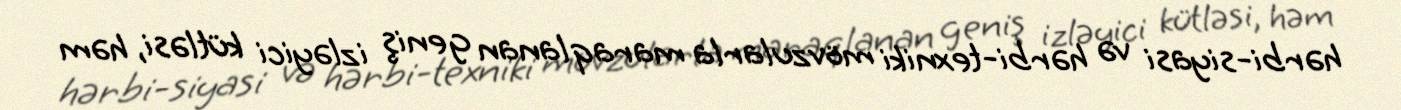
hərbi-siyasi və hərbi-texniki mövzularla maraqlanan geniş izləyici kütləsi, həm